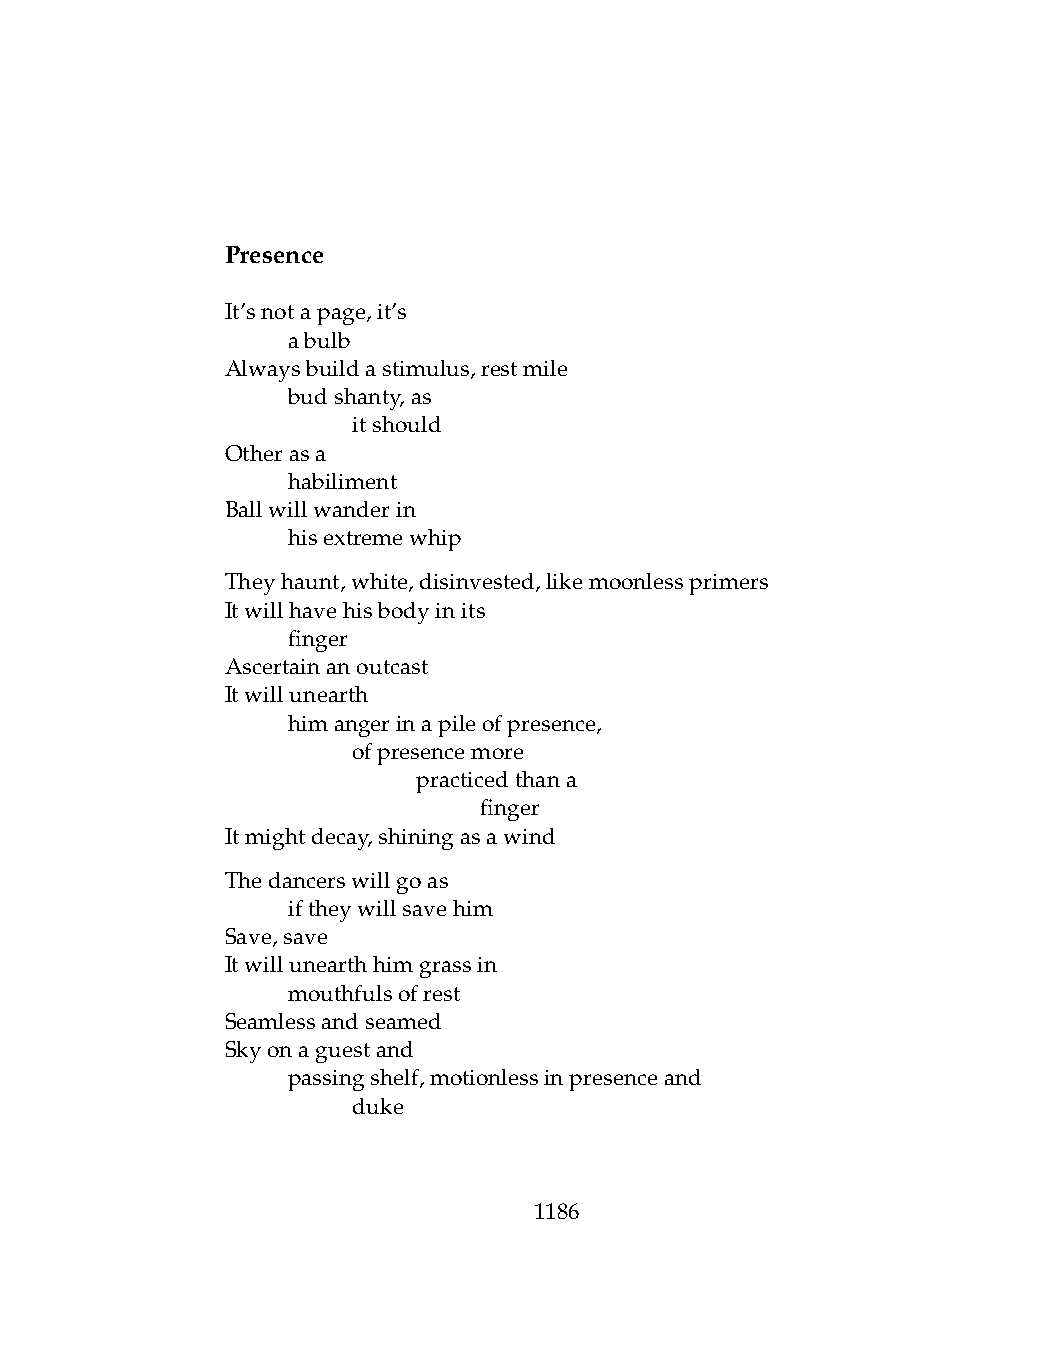
Presence
 It’snotapage,it’s
 .   abulb
 Alwaysbuildastimulus,restmile
 .   budshanty,as
 .   .   itshould
 Otherasa
 .   habiliment
 Ballwillwanderin
 .   hisextremewhip
 Theyhaunt,white,disinvested,likemoonlessprimers
 Itwillhavehisbodyinits
 .   finger
 Ascertainanoutcast
 Itwillunearth
 .   himangerinapileofpresence,
 .   .   ofpresencemore
 .   .   .    practicedthana
 .   .   .    .   finger
 Itmightdecay,shiningasawind
 Thedancerswillgoas
 .   iftheywillsavehim
 Save,save
 Itwillunearthhimgrassin
 .   mouthfulsofrest
 Seamlessandseamed
 Skyonaguestand
 .   passingshelf,motionlessinpresenceand
 .   .   duke
 1186